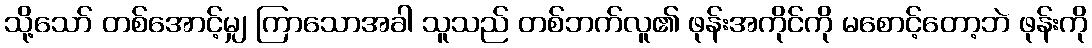
သို့သော် တစ်အောင့်မျှ ကြာသောအခါ သူသည် တစ်ဘက်လူ၏ ဖုန်းအကိုင်ကို မစောင့်တော့ဘဲ ဖုန်းကို